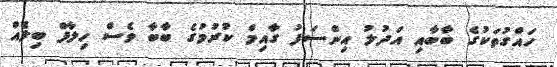
ހައްގުތަކުގެ ބާބާއި އަދުލު އިންސަފު ގާއިމް ކުރުމުގެ ބާބާ ވެސް ހިލާފް ބިލެއް